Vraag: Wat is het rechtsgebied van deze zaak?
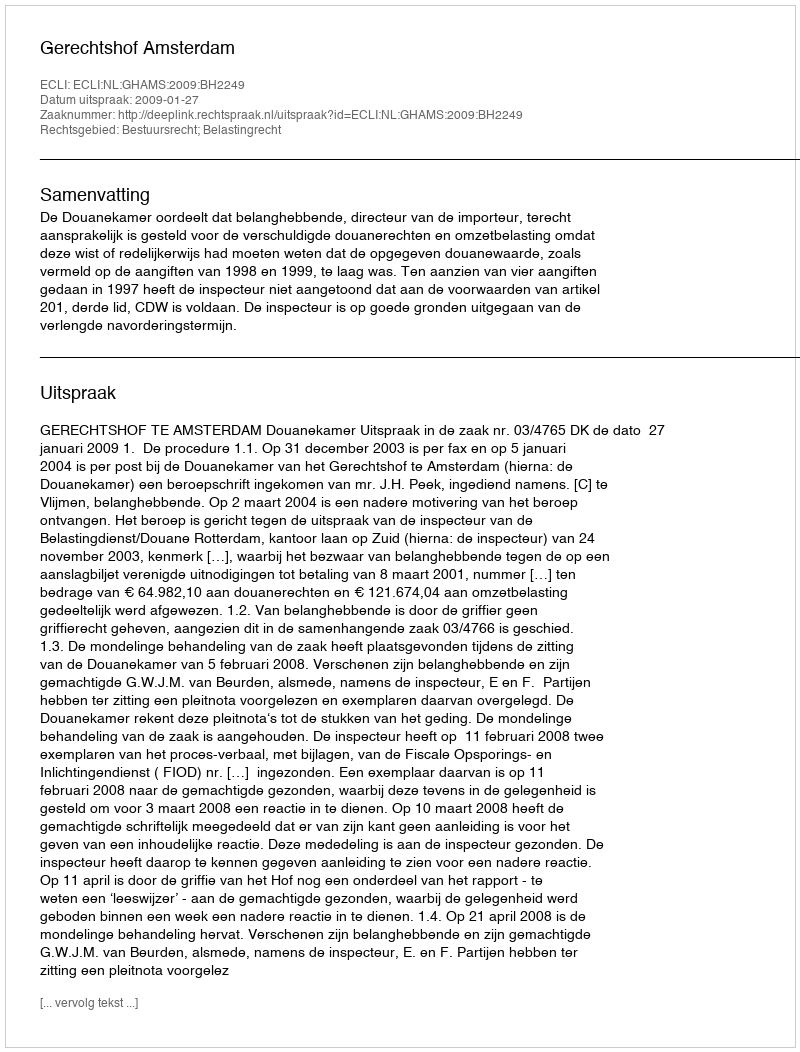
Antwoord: Bestuursrecht; Belastingrecht